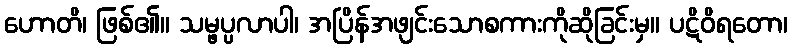
ဟောတိ၊ ဖြစ်၏။ သမ္ဖပ္ပလာပါ၊ အပြိန်အဖျင်းသောစကားကိုဆိုခြင်းမှ။ ပဋိဝိရတော၊